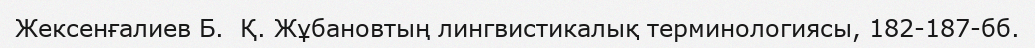
Жексенғалиев Б.  Қ. Жұбановтың лингвистикалық терминологиясы, 182-187-бб.